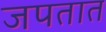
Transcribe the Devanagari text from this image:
जपतात